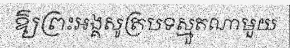
ឱ្យព្រះអង្គសូត្របទស្មួតណាមួយ